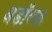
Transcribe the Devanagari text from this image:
अडॉल्फ़